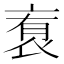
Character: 𬡑